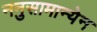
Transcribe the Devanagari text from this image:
ननुसामान्येन